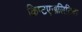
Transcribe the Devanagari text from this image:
क्रिप्टएनालिटिक